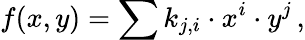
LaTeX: f(x,y)=\sum k_{j,i}\cdot x^{i}\cdot y^{j}\, ,